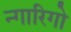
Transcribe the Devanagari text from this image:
न्गारिगो